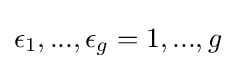
\epsilon _{1},...,\epsilon _{g}=1,...,g